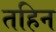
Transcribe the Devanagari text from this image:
तहिन